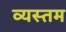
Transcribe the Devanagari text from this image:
व्यस्तम